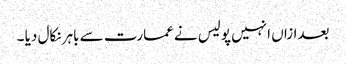
بعدازاں انہیں پولیس نے عمارت سے باہر نکال دیا ۔